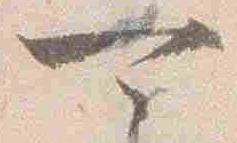
可